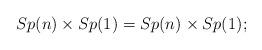
LaTeX: \begin{align*} Sp(n) \times Sp(1) = Sp(n)_{} \times Sp(1)_{};\end{align*}